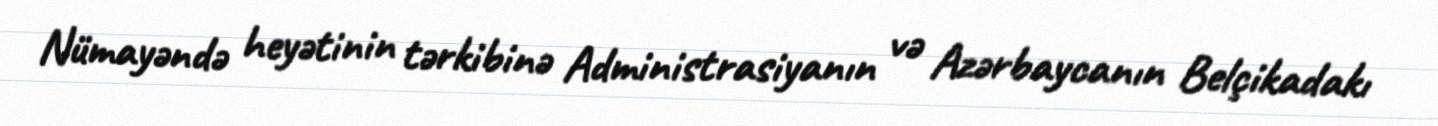
Nümayəndə heyətinin tərkibinə Administrasiyanın və Azərbaycanın Belçikadakı